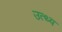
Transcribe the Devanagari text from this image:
उत्थ्य